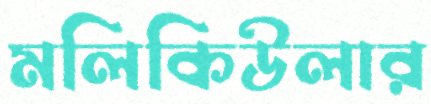
মলিকিউলার